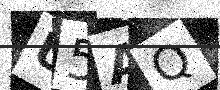
Text: U5AQ